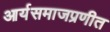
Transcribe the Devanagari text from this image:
आर्यसमाजप्रणीत